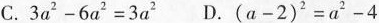
C.$$3 a ^ { 2 } - 6 a ^ { 2 } = 3 a ^ { 2 }$$ D.$$( a - 2 ) ^ { 2 } = a ^ { 2 } - 4$$